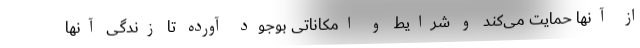
از آنها حمایت می‌کند و شرایط و امکاناتی بوجود آورده تا زندگی آنها